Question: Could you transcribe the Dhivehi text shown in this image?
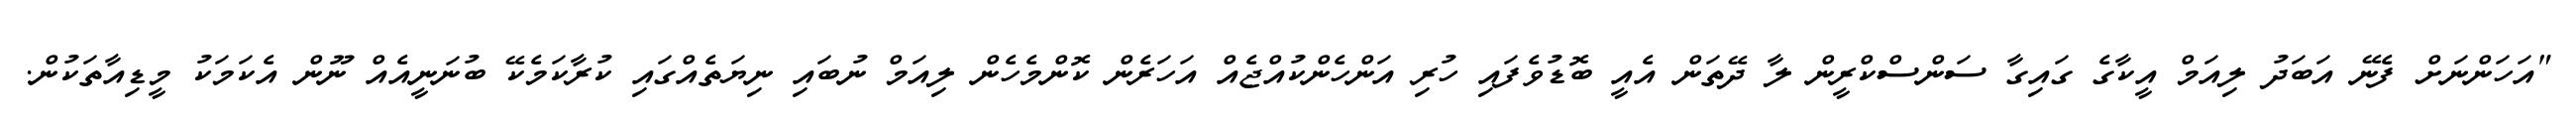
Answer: "އަހަންނަށް ފެނޭ އަބަދު ލިއަމް އީކާގެ ގައިގާ ސަންސްކްރީން ލާ ދޭތަން އެއީ ބޮޑުވެފައި ހުރި އަންހެންކުއްޖެއް އަހަރެން ކޮންމެހެން ލިއަމް ނުބައި ނިޔަތެއްގައި ކުރާކަމެކޭ ބުނަނީއެއް ނޫން އެކަމަކު މީޑިއާތަކުން.